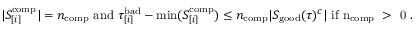
\begin{array} { r } { | S _ { [ i ] } ^ { \mathrm { c o m p } } | = n _ { \mathrm { c o m p } } \mathrm { ~ a n d ~ } \tau _ { [ i ] } ^ { \mathrm { b a d } } - \operatorname* { m i n } ( S _ { [ i ] } ^ { \mathrm { c o m p } } ) \leq n _ { \mathrm { c o m p } } | S _ { \mathrm { g o o d } } ( \tau ) ^ { c } | \mathrm { ~ i f ~ n _ { \mathrm { c o m p } } ~ > ~ 0 ~ . } } \end{array}